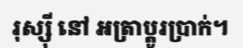
រុស្ស៊ី នៅ អត្រាប្តូរប្រាក់។